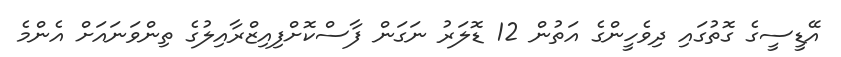
އޭޑީސީގެ ގޮތުގައި ދިވެހީންގެ އަތުން 12 ޑޮލަރު ނަގަން ފާސްކޮށްފިއިޒްރާއިލުގެ ތިންވަނައަށް އެންމެ